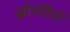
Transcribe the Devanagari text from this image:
झोपडियो